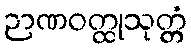
ဉာဏဝတ္ထုသုတ္တံ